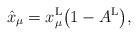
LaTeX: \begin{gather*}\hat{x}_\mu=x^{\rm L}_\mu\big(1-A^{\rm L}\big),\end{gather*}